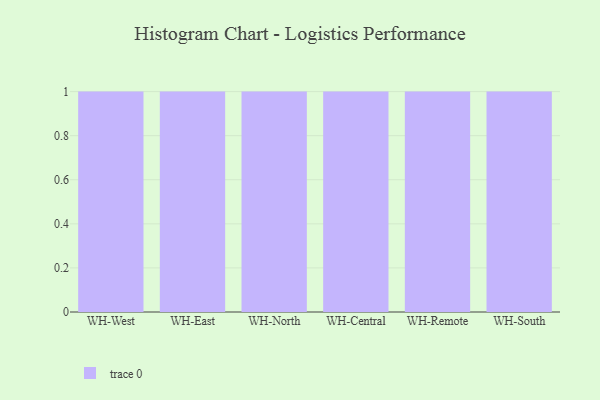
{"axis": {"x": "Warehouse", "y": "Waste Production (Tons)"}, "legend": [""], "data": [{"x": "WH-West", "y": 37, "type": ""}, {"x": "WH-East", "y": 41, "type": ""}, {"x": "WH-North", "y": 50, "type": ""}, {"x": "WH-Central", "y": 23, "type": ""}, {"x": "WH-Remote", "y": 79, "type": ""}, {"x": "WH-South", "y": 46, "type": ""}]}